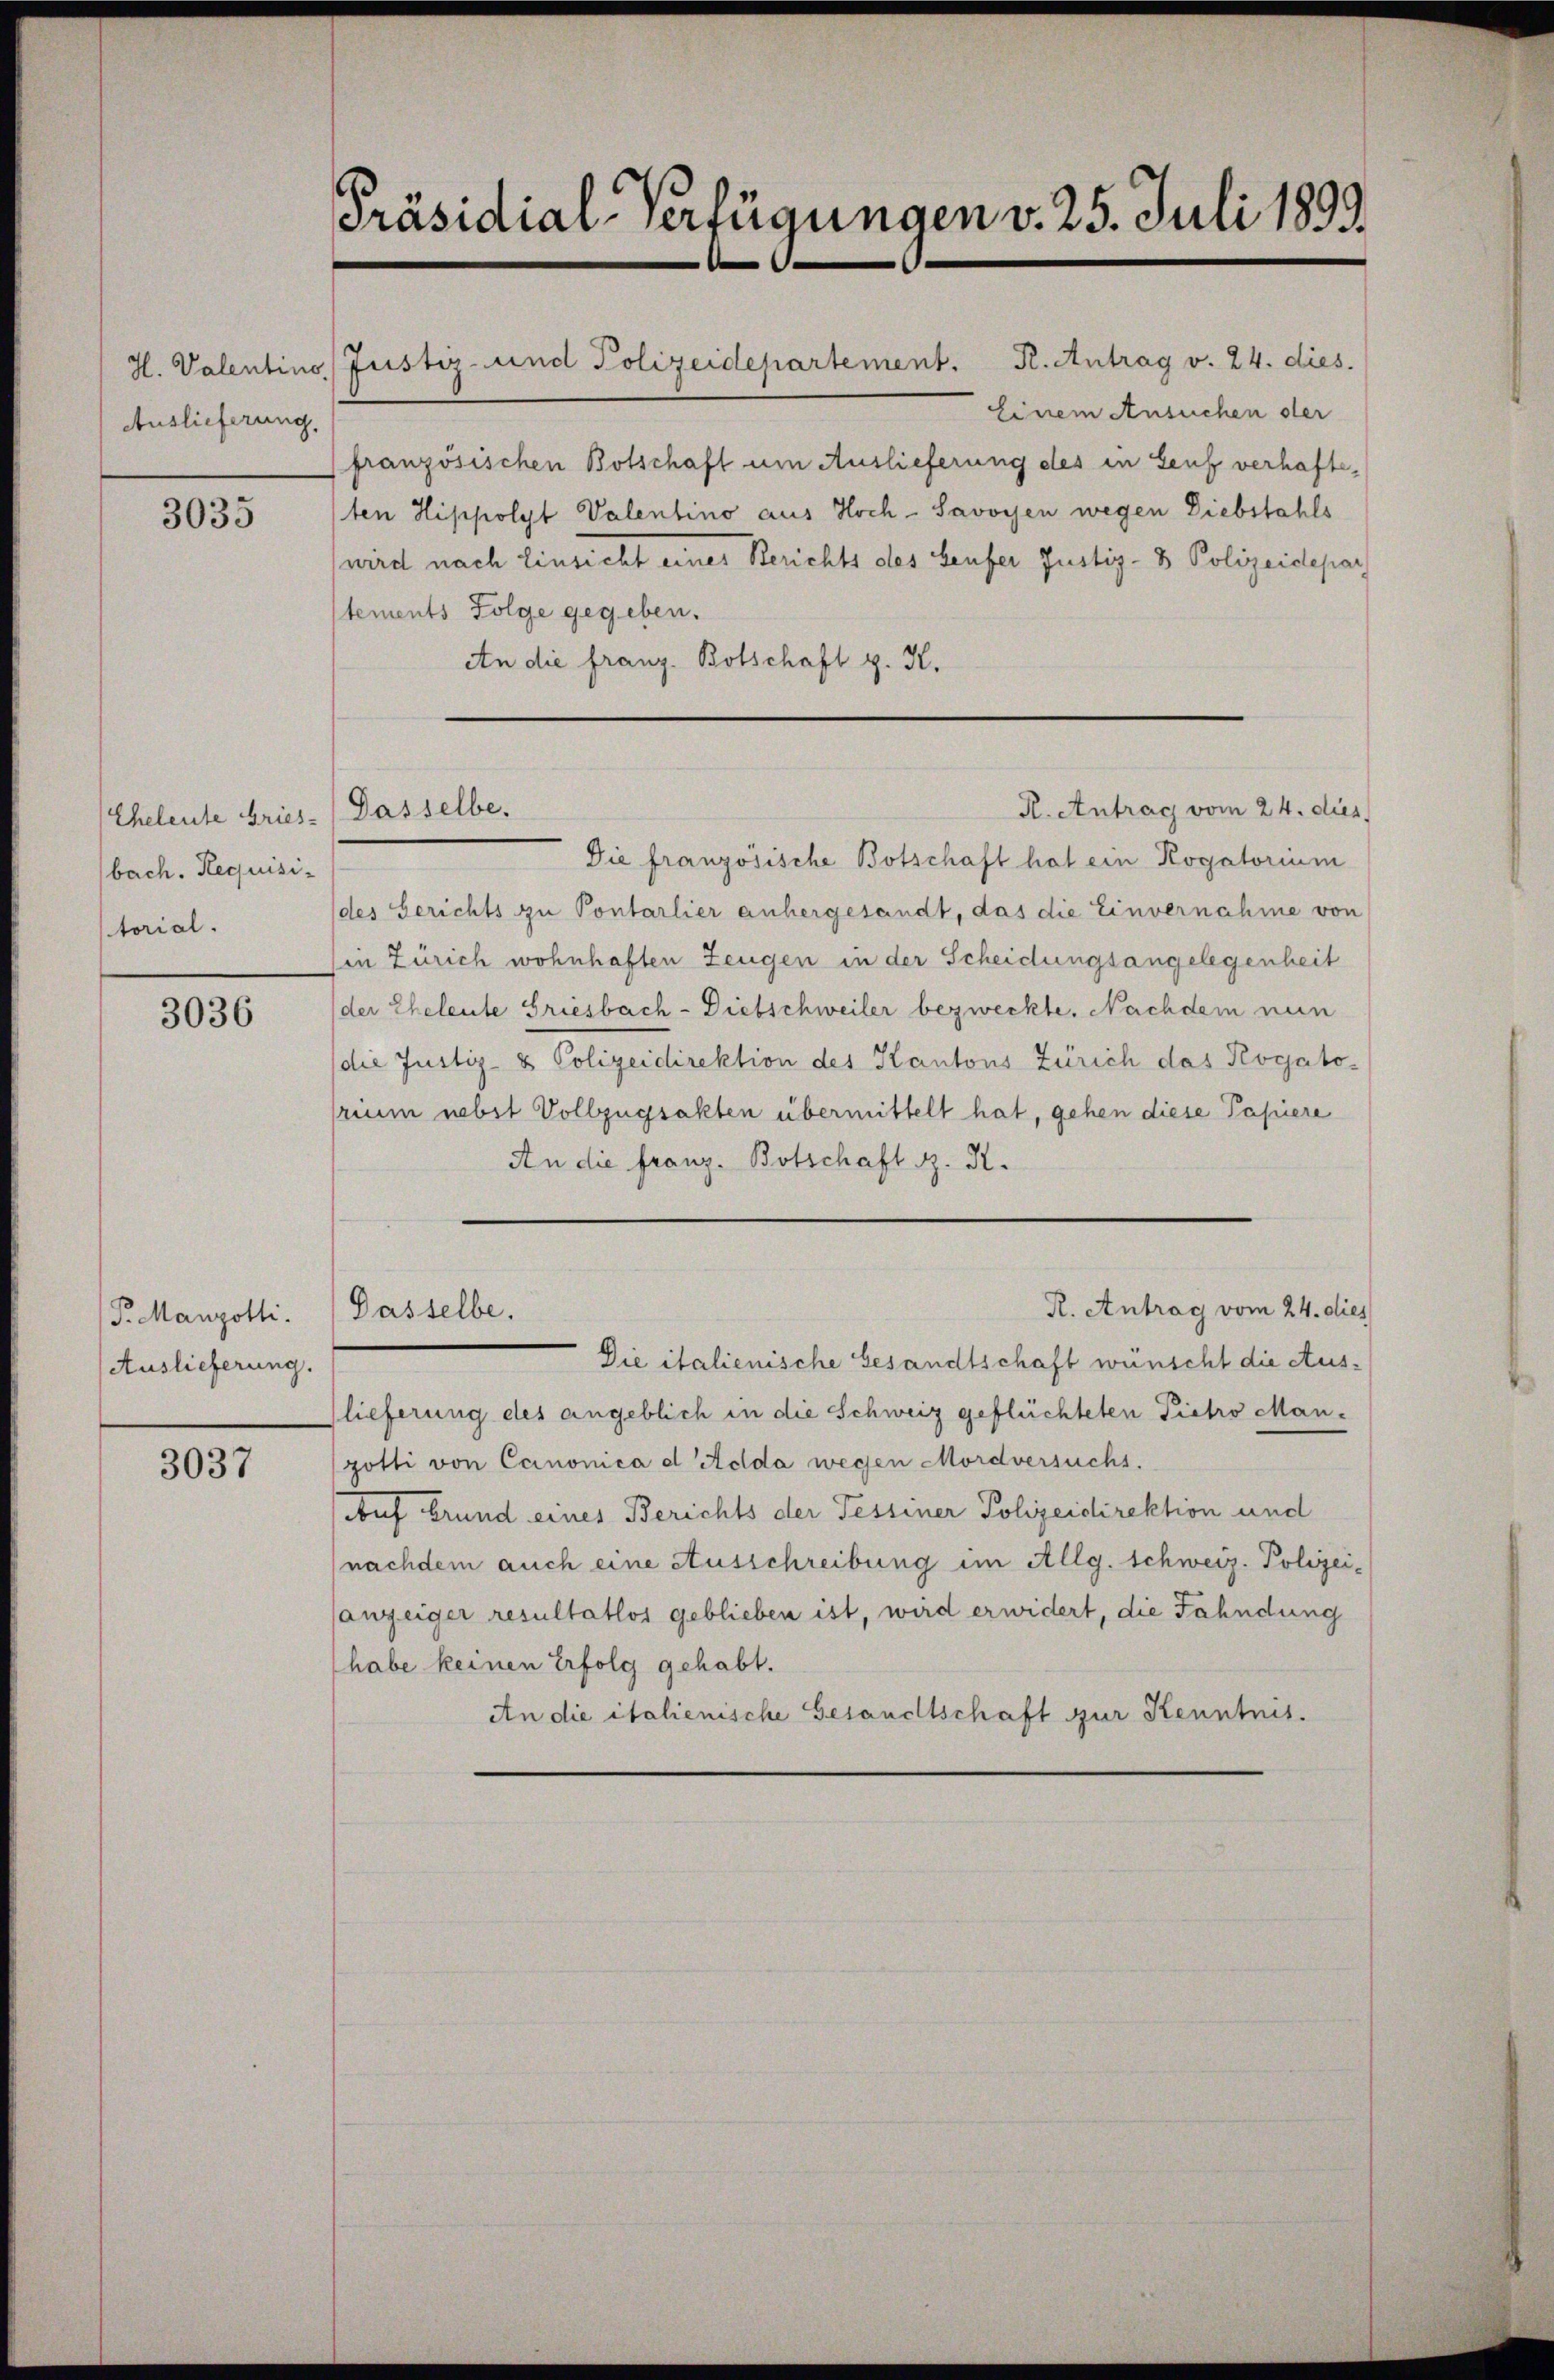
Auslieferung,

3035

Cheleute Gries-) Dasselbe.
bach. Requisitorial.

3036

P. Manzolli.
Auslieferung.

3037

Präsidial-Verfügungen v. 25. Juli 1893.

Einem Ansuchen der
französischen Botschaft um Auslieferung des in Senf verhafteten Hippolyt Valentino aus Hoch- Savoyen wegen Diebstahls
wird nach Einsicht eines Berichts des Laufer Justiz- & Polizeidepar
stements Folge gegeben.
An die franz. Botschaft z. K.

H. Valentino Justiz- und Polizeidepartement. P. Antrag v. 24. dies

R. Antrag vom 24. dies

Die französische Botschaft hat ein Rogatorium
des Gerichts zu Pontarlier anhergesandt, das die Einvernahme von
in Zürich wohnhaften Zeugen in der Scheidungsangelegenheit
der Eheleute Griesbach - Diebschweiler bezweckte. Nachdem nun
(die Justiz- & Polizeidirektion des Kantons Zürich das Rogato-
frium nebst Vollzugsakten übermittelt hat, gehen diese Papiere
An die franz. Botschaft R. R.
R. Antrag vom 24. dies
Dasselbe.
Die italienische Gesandtschaft wünscht die Auslieferung des angeblich in die Schweiz geflüchteten Pietro Mangotti von Canonica d Adda wegen Mordversuchs.
Auf Grund eines Berichts der Tessiner Polizeidirektion und
nachdem auch eine Ausschreibung im Allg. Schweiz. Polizeianzeiger resultatlos geblieben ist, wird erwidert, die Fahndung
habe keinen Erfolg gehabt.
An die italienische Gesandtschaft zur Kenntnis.